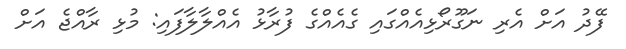
ފޭދު އަށް އެރި ނަގޫރޯޅިއެއްގައި ގެއެއްގެ ފުރާޅު އެއްލާލާފައި: މުޅި ރާއްޖެ އަށް